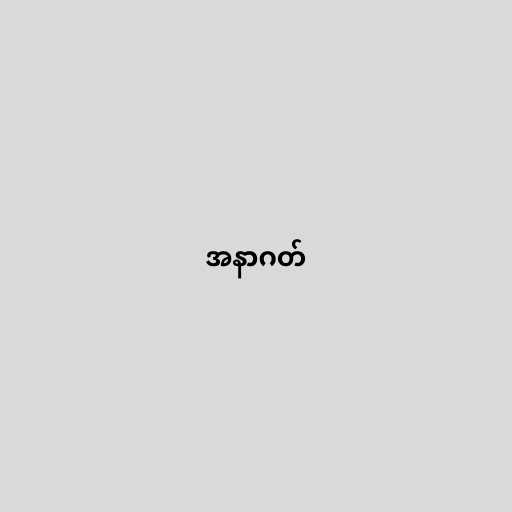
အနာဂတ်